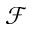
\mathcal { F }